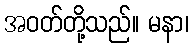
အဝတ်တို့သည်။ မနာ၊